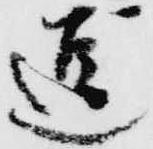
逗